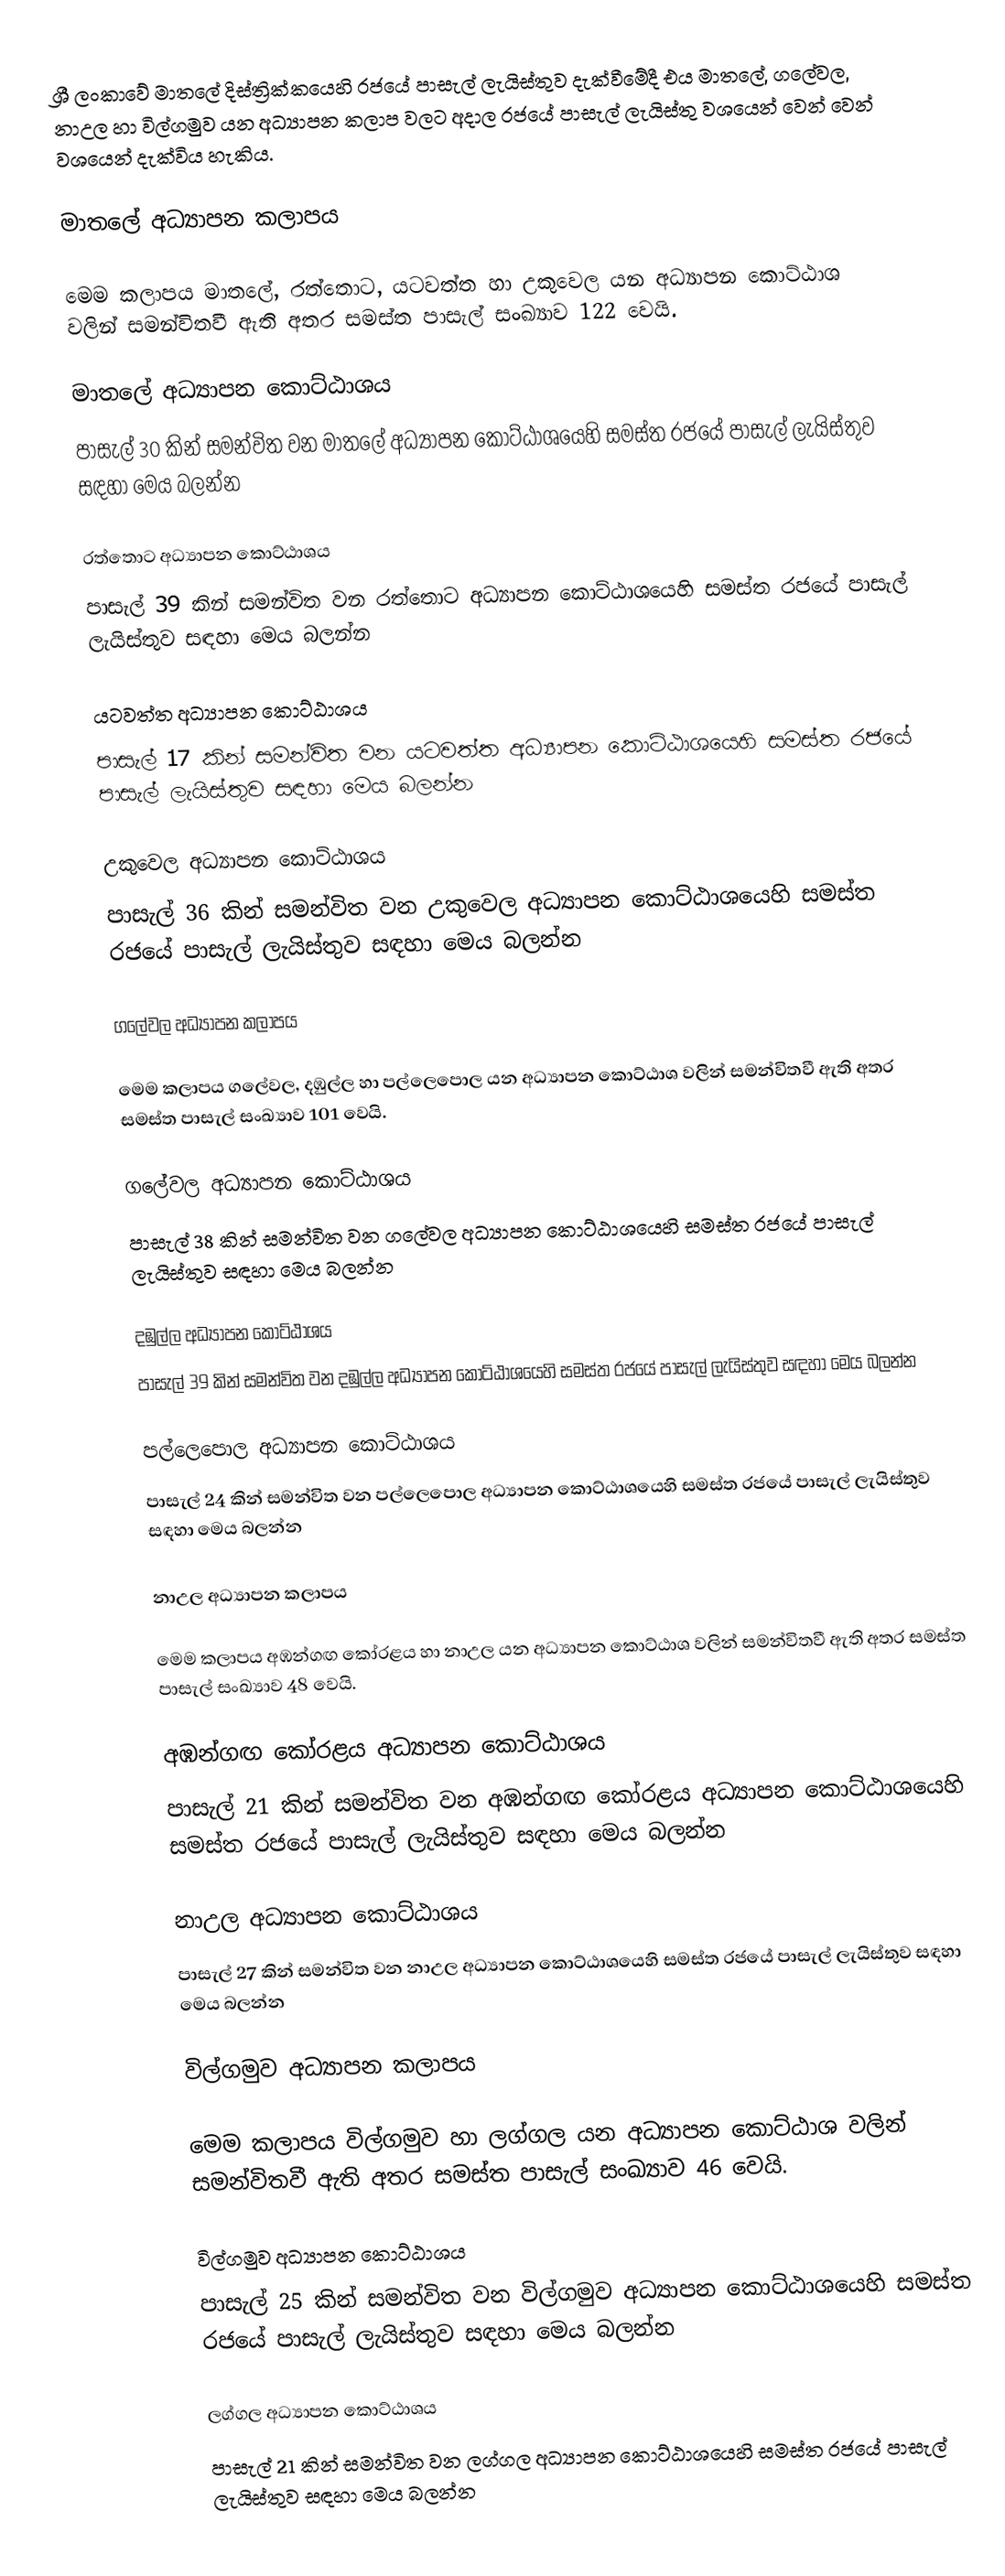
ශ්‍රී ලංකාවේ මාතලේ දිස්ත්‍රික්කයෙහි රජයේ පාසැල් ලැයිස්තුව දැක්වීමේදී එය මාතලේ, ගලේවල, නාඋල හා විල්ගමුව යන අධ්‍යාපන කලාප  වලට අදාල රජයේ පාසැල් ලැයිස්තු වශයෙන් වෙන් වෙන් වශයෙන් දැක්විය හැකිය.

මාතලේ අධ්‍යාපන කලාපය

මෙම කලාපය මාතලේ, රත්තොට, යටවත්ත හා උකුවෙල යන අධ්‍යාපන කොට්ඨාශ වලින් සමන්විතවී ඇති අතර සමස්ත පාසැල් සංඛ්‍යාව 122 වෙයි.

මාතලේ අධ්‍යාපන කොට්ඨාශය
පාසැල් 30 කින් සමන්විත වන මාතලේ අධ්‍යාපන කොට්ඨාශයෙහි සමස්ත රජයේ පාසැල් ලැයිස්තුව සඳහා මෙය බලන්න

රත්තොට අධ්‍යාපන කොට්ඨාශය
පාසැල් 39 කින් සමන්විත වන රත්තොට අධ්‍යාපන කොට්ඨාශයෙහි සමස්ත රජයේ පාසැල් ලැයිස්තුව සඳහා මෙය බලන්න

යටවත්ත අධ්‍යාපන කොට්ඨාශය
පාසැල් 17 කින් සමන්විත වන යටවත්ත අධ්‍යාපන කොට්ඨාශයෙහි සමස්ත රජයේ පාසැල් ලැයිස්තුව සඳහා මෙය බලන්න

උකුවෙල අධ්‍යාපන කොට්ඨාශය
පාසැල් 36 කින් සමන්විත වන උකුවෙල අධ්‍යාපන කොට්ඨාශයෙහි සමස්ත රජයේ පාසැල් ලැයිස්තුව සඳහා මෙය බලන්න

ගලේවල අධ්‍යාපන කලාපය

මෙම කලාපය ගලේවල, දඹුල්ල හා පල්ලෙපොල යන අධ්‍යාපන කොට්ඨාශ වලින් සමන්විතවී ඇති අතර සමස්ත පාසැල් සංඛ්‍යාව 101 වෙයි.

ගලේවල අධ්‍යාපන කොට්ඨාශය
පාසැල් 38 කින් සමන්විත වන ගලේවල අධ්‍යාපන කොට්ඨාශයෙහි සමස්ත රජයේ පාසැල් ලැයිස්තුව සඳහා මෙය බලන්න

දඹුල්ල  අධ්‍යාපන කොට්ඨාශය
පාසැල් 39 කින් සමන්විත වන දඹුල්ල අධ්‍යාපන කොට්ඨාශයෙහි සමස්ත රජයේ පාසැල් ලැයිස්තුව සඳහා මෙය බලන්න

පල්ලෙපොල අධ්‍යාපන කොට්ඨාශය
පාසැල් 24 කින් සමන්විත වන පල්ලෙපොල අධ්‍යාපන කොට්ඨාශයෙහි සමස්ත රජයේ පාසැල් ලැයිස්තුව සඳහා මෙය බලන්න

නාඋල අධ්‍යාපන කලාපය

මෙම කලාපය අඹන්ගඟ කෝරළය හා නාඋල යන අධ්‍යාපන කොට්ඨාශ වලින් සමන්විතවී ඇති අතර සමස්ත පාසැල් සංඛ්‍යාව 48 වෙයි.

අඹන්ගඟ කෝරළය අධ්‍යාපන කොට්ඨාශය
පාසැල් 21 කින් සමන්විත වන අඹන්ගඟ කෝරළය අධ්‍යාපන කොට්ඨාශයෙහි සමස්ත රජයේ පාසැල් ලැයිස්තුව සඳහා මෙය බලන්න

නාඋල අධ්‍යාපන කොට්ඨාශය
පාසැල් 27 කින් සමන්විත වන නාඋල අධ්‍යාපන කොට්ඨාශයෙහි සමස්ත රජයේ පාසැල් ලැයිස්තුව සඳහා මෙය බලන්න

විල්ගමුව අධ්‍යාපන කලාපය

මෙම කලාපය විල්ගමුව  හා ලග්ගල යන අධ්‍යාපන කොට්ඨාශ වලින් සමන්විතවී ඇති අතර සමස්ත පාසැල් සංඛ්‍යාව 46 වෙයි.

විල්ගමුව අධ්‍යාපන කොට්ඨාශය
පාසැල් 25 කින් සමන්විත වන විල්ගමුව අධ්‍යාපන කොට්ඨාශයෙහි සමස්ත රජයේ පාසැල් ලැයිස්තුව සඳහා මෙය බලන්න

ලග්ගල අධ්‍යාපන කොට්ඨාශය
පාසැල් 21 කින් සමන්විත වන ලග්ගල අධ්‍යාපන කොට්ඨාශයෙහි සමස්ත රජයේ පාසැල් ලැයිස්තුව සඳහා මෙය බලන්න